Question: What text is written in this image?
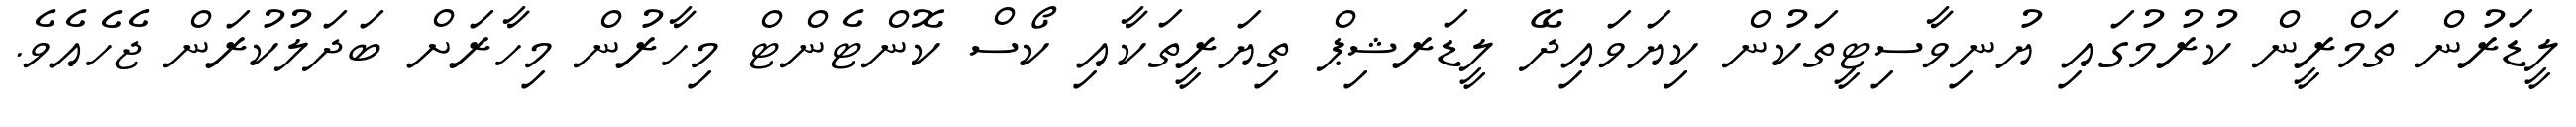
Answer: ލީޑަރުން ތަމްރީން ކުރުމުގައި ޔުނިވާސިޓީތަކުން ކިޔަވައިދޭ ލީޑަރޝިޕް ތިޔަރީތަކާއި ކޯސް ކޮންޓެންޓް މިހާރުން މިހާރަށް ބަދަލުކުރަން ޖެހެއެވެ.